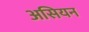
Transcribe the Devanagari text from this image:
असियन